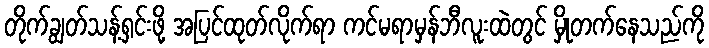
တိုက်ချွတ်သန့်ရှင်းဖို့ အပြင်ထုတ်လိုက်ရာ ကင်မရာမှန်ဘီလူးထဲတွင် မှိုတက်နေသည်ကို